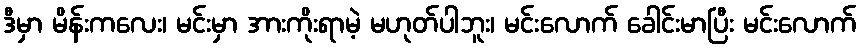
ဒီမှာ မိန်းကလေး၊ မင်းမှာ အားကိုးရာမဲ့ မဟုတ်ပါဘူး၊ မင်းလောက် ခေါင်းမာပြီး မင်းလောက်